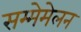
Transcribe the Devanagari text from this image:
सम्मेमेलन